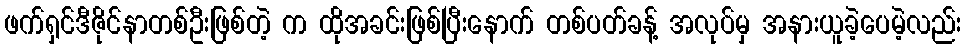
ဖက်ရှင်ဒီဇိုင်နာတစ်ဦးဖြစ်တဲ့ က ထိုအခင်းဖြစ်ပြီးနောက် တစ်ပတ်ခန့် အလုပ်မှ အနားယူခဲ့ပေမဲ့လည်း